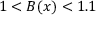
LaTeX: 1 < B ( x ) < 1 . 1